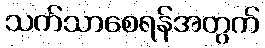
သက်သာစေရန်အတွက်